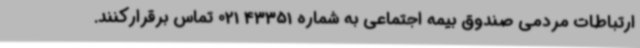
ارتباطات مردمی صندوق بیمه اجتماعی به شماره 43351 021 تماس برقرارکنند.